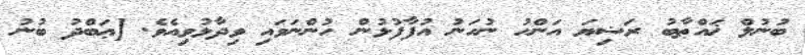
ބުނުލް ޚައްޠާބު ރަޟިޔަ އަންހު ނުހަނު އުފާފުޅުން ހުންނަވައި ވިދާޅުވިއެވެ. [ޢަބްދު ބުނު